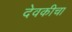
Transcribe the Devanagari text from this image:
देवकीचा